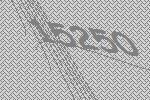
15250